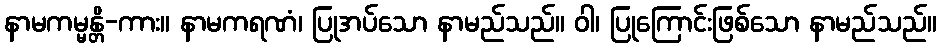
နာမကမ္မန္တိ-ကား။ နာမကရဏံ၊ ပြုအပ်သော နာမည်သည်။ ဝါ၊ ပြုကြောင်းဖြစ်သော နာမည်သည်။